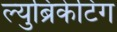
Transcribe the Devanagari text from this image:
ल्युब्रिकेटिंग